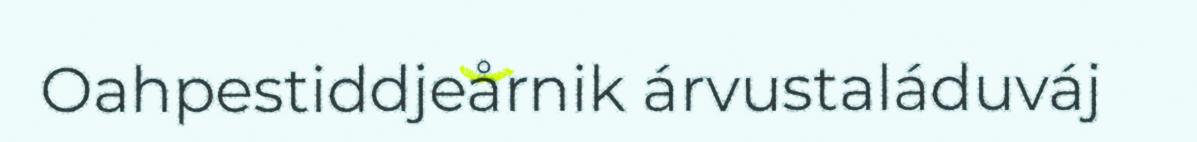
Oahpestiddjeårnik árvustaláduváj